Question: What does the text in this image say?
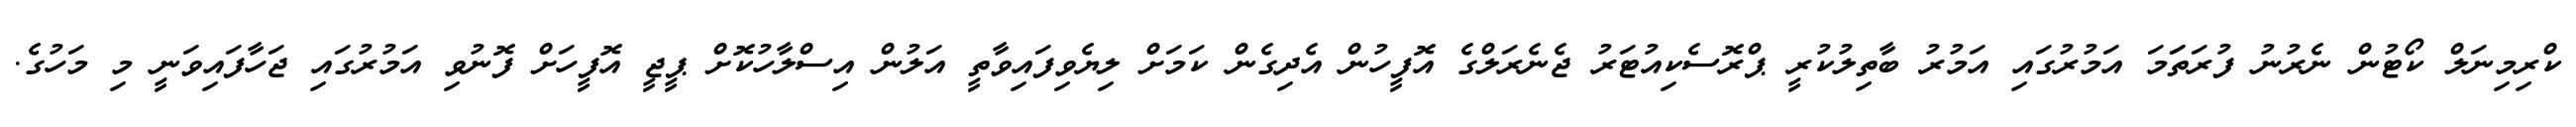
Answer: ކްރިމިނަލް ކޯޓުން ނެރުނު ފުރަތަަމަ އަމުރުގައި އަމުރު ބާތިލުކުރީ ޕްރޮސެކިއުޓަރު ޖެނެރަލްގެ އޮފީހުން އެދިގެން ކަމަށް ލިޔެވިފައިވާތީ އަލުން އިސްލާހުކޮށް ޕީޖީ އޮފީހަށް ފޮނުވި އަމުރުގައި ޖަހާފައިވަނީ މި މަހުގެ.